Lunatic asylums Central Provinces reports 1910-1926 - 1910-1926
Year: 1910
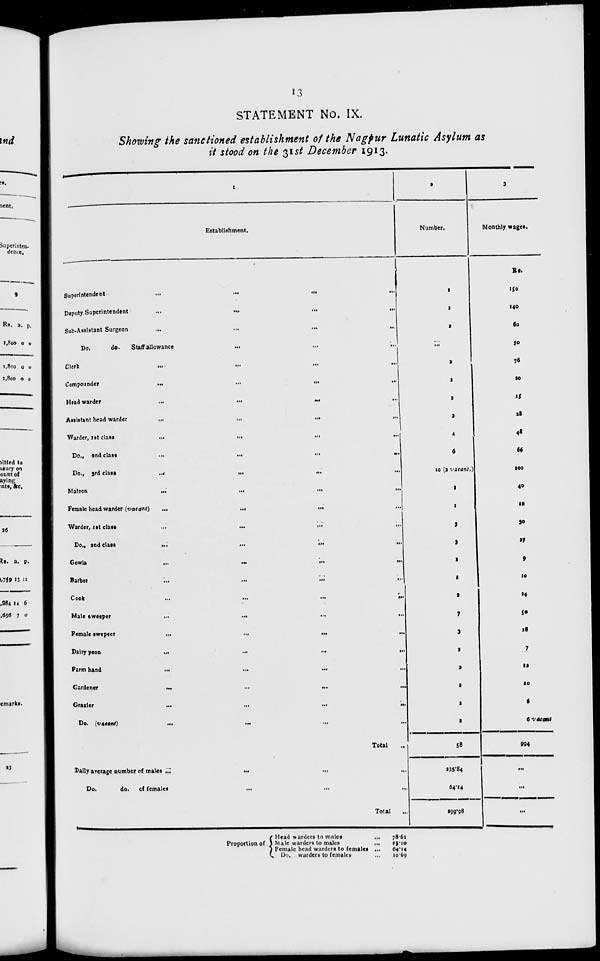
13
STATEMENT No. IX.
Showing the sanctioned establishment of the Nagpur Lunatic Asylum as
it stood on the 31st December 1913.
1
Establishment.
Superintendent
...
...
...
...
Deputy Superintendent ... ... ... ...
Sub-Assistant Surgeon ... ... ... ...
Do.
do.
Staff allowance
...
...
...
Clerk
...
...
...
...
Compounder
...
...
...
...
Head warder ... ... ... ...
Assistant head warder
... ... ... ...
Warder, 1st class
...
...
...
...
Do., and class
...
...
...
...
Do., 3rd class
...
...
... ...
Matron
...
...
...
...
Female head warder (vacant)
...
...
...
Warder, 1st class
...
...
...
Do., and class
...
...
...
...
Gowla
...
...
...
...
Barber
...
...
...
...
Cook ... ... ... ...
Male sweeper
...
... ... ...
Female swepeer
...
...
... ...
Dairy peon
...
...
...
...
Farmhand
...
...
... ...
Gardener ... ... ... ...
Grazier ... ... ... ...
Do. (vacant)
...
...
...
...
Total
...
Dally average number of males ...
...
...
...
Do.
do. of females ... ... ...
Total ...
2
Number.
1
1
2
...
2
1
1
2
4
6
10 (vacant.)
1
1
3
9
1
1
2
7
3
2
2
1
1
2
58
235.84
64.14
299.98
3
Monthly wages.
Rs.
150
140
60
30
76
20
15
28
48
66
100
40
12
30
27
9
10
24
50
18
7
12
10
6
6 vacant
994
...
...
...
Proportion of
Head warders to males
...
Male warders to males
...
Female head warders to females ...
Do. warders to females ...
78.61
13.10
64.14
10.69